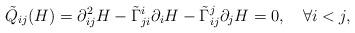
LaTeX: \begin{align*} \tilde{Q}_{ij}(H)=\partial^2_{ij}H-\tilde{\Gamma}^i_{ji}\partial_iH-\tilde{\Gamma}^j_{ij}\partial_jH=0,\quad\forall i<j, \end{align*}